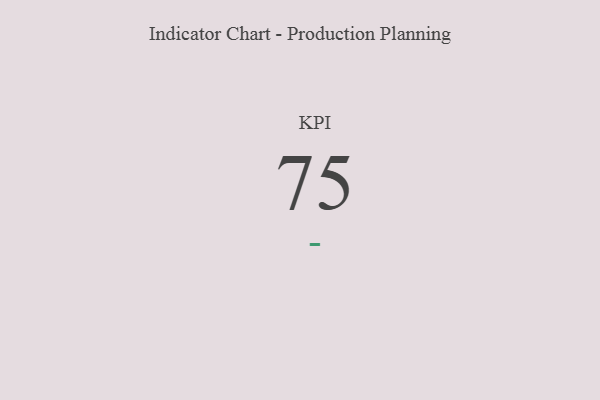
{"axis": {"x": "KPI", "y": "Value"}, "legend": [""], "data": [{"x": "KPI", "y": 75, "type": ""}]}